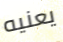
يعنيه